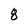
Character: 8